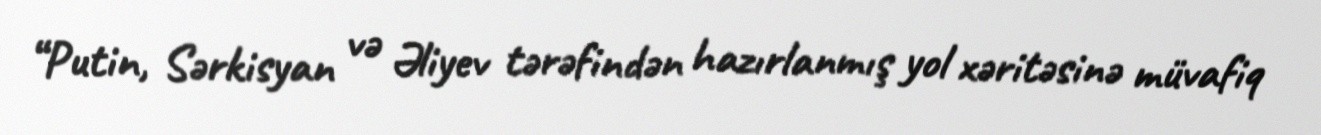
“Putin, Sərkisyan və Əliyev tərəfindən hazırlanmış yol xəritəsinə müvafiq